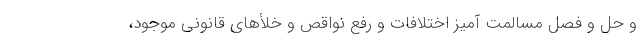
و حل و فصل مسالمت آمیز اختلافات و رفع نواقص و خلأهای قانونی موجود،